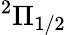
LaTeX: ^2\Pi_{1/2}